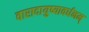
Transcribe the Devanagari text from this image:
वारादायुष्यावर्धनम्